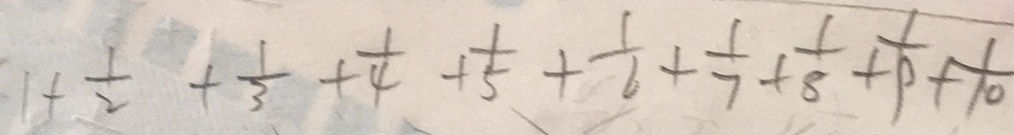
1 + \frac { 1 } { 2 } + \frac { 1 } { 3 } + \frac { 1 } { 4 } + \frac { 1 } { 5 } + \frac { 1 } { 6 } + \frac { 1 } { 7 } + \frac { 1 } { 8 } + \frac { 1 } { 9 } + \frac { 1 } { 1 0 }